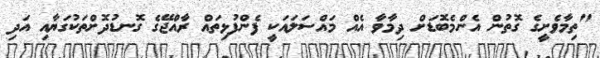
"ތިމާވެށީގެ ގޮތުން އެންމެބޮޑަށް ދިމާވާ އެއް މައްސަލައަކީ ފެންފުޅިތައް ރާއްޖޭގެ ގޮނޑުދޮށްތަކުގަޔާއި އަދި